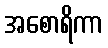
အစောရိကာ